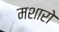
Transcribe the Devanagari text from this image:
मशारो